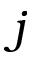
j